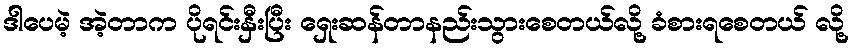
ဒါပေမဲ့ အဲ့တာက ပိုရင်းနှီးပြီး ရှေးဆန်တာနည်းသွားစေတယ်လို့ ခံစားရစေတယ် လို့